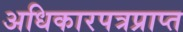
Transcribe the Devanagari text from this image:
अधिकारपत्रप्राप्त